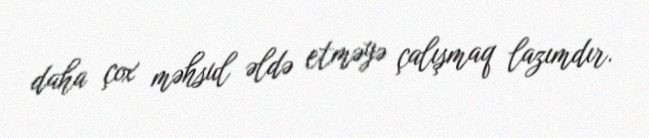
daha çox məhsul əldə etməyə çalışmaq lazımdır.